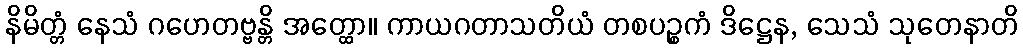
နိမိတ္တံ နေသံ ဂဟေတဗ္ဗန္တိ အတ္ထော။ ကာယဂတာသတိယံ တစပဉ္စကံ ဒိဋ္ဌေန, သေသံ သုတေနာတိ